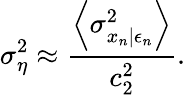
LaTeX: \sigma_{\eta}^{2}\approx\frac{\left\langle\sigma_{x_{n}|\epsilon_{n}}^{2}\right\rangle}{c_{2}^{2}}.